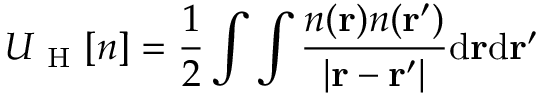
U _ { \mathrm { ~ H ~ } } [ n ] = \frac { 1 } { 2 } \int \int \frac { n ( \mathbf { r } ) n ( \mathbf { r } ^ { \prime } ) } { | \mathbf { r } - \mathbf { r } ^ { \prime } | } \mathrm { d } \mathbf { r } \mathrm { d } \mathbf { r } ^ { \prime }